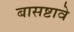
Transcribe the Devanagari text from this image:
बासष्टावे